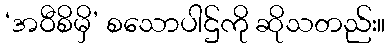
‘အဝီစိမှိ’ စသောပါဌ်ကို ဆိုသတည်း။